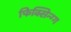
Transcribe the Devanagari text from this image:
फिक्सिन्ग्ग